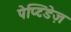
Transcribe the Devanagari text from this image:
पेप्टिडेज़